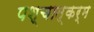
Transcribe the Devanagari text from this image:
पश्चात्कर्म